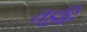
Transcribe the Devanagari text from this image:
तड॒हिं